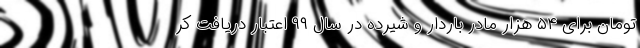
تومان برای ۵۴ هزار مادر باردار و شیرده در سال ۹۹ اعتبار دریافت کر